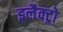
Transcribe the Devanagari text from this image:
इलैक्ट्रो